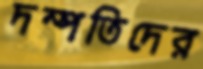
দম্পতিদের